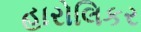
હારોલિકર